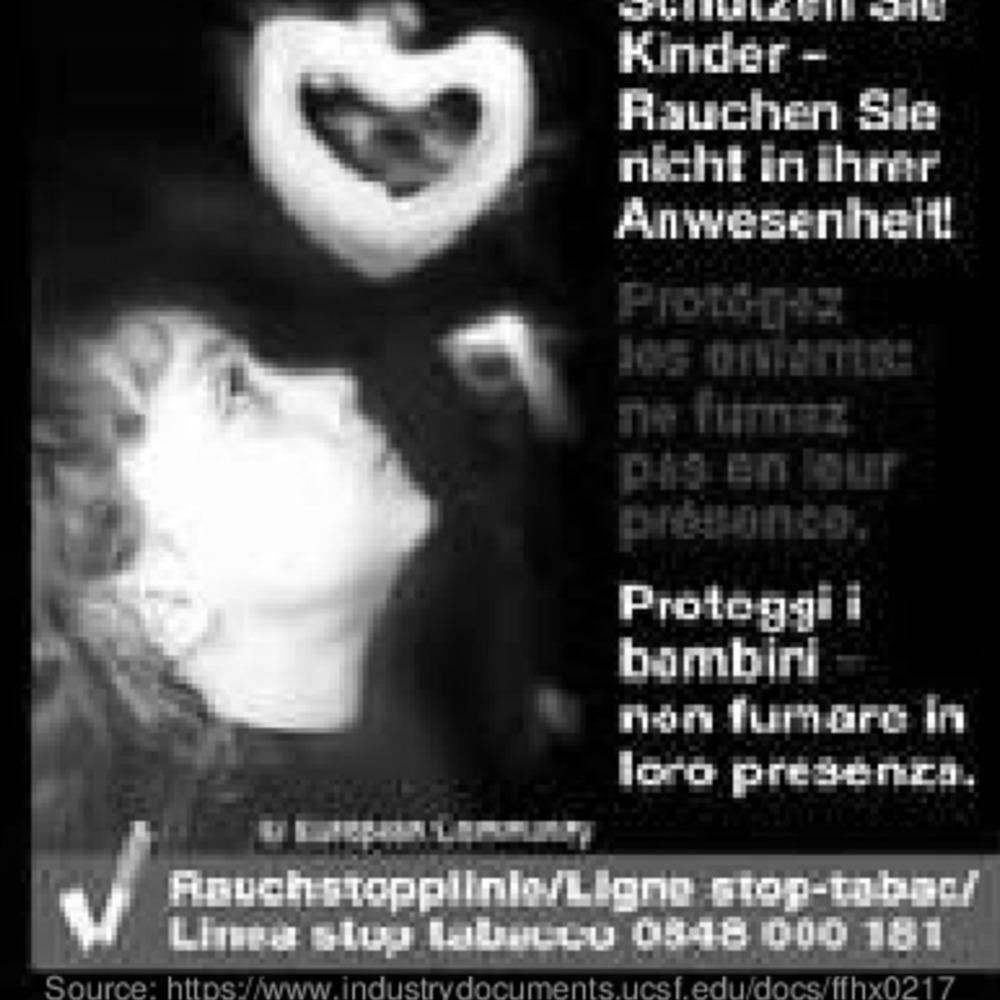
Kinder -
Rauchen Sie
nicht in ihrer
Anwesenheit!
ne fumez
pis en our
Proteggi i
bambini
non fumare in
loro presenza.
Finuch stoppilnie/Ligno stop-tobnc/
Lima stuy labaccu 0518 000 181
Source: https://www.industrydocuments.ucsf.edu/docs/ffhx0217